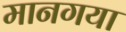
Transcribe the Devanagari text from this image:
मानगया